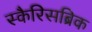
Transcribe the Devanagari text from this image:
स्कैरिसब्रिक